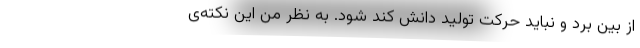
از بین برد و نباید حرکت تولید دانش کُند شود. به نظر من این نکته‌ی